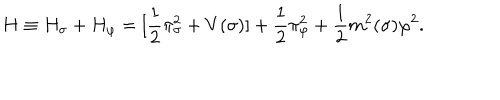
H \equiv H _ { \sigma } + H _ { \varphi } = [ \frac { 1 } { 2 } \pi _ { \sigma } ^ { 2 } + V ( \sigma ) ] + \frac { 1 } { 2 } \pi _ { \varphi } ^ { 2 } + \frac { 1 } { 2 } m ^ { 2 } ( \sigma ) \varphi ^ { 2 } .